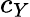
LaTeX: c_{Y}